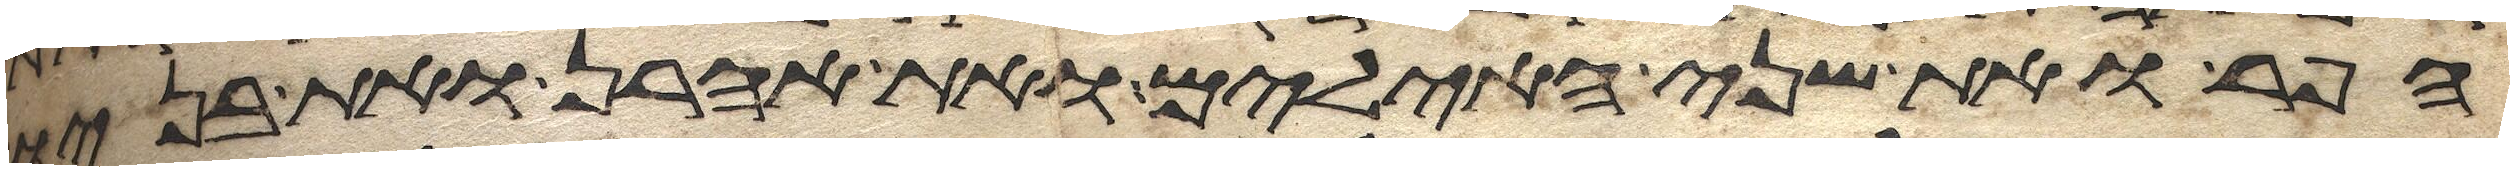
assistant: הפר ואת שני האילים ואת אהרן ואת בניו